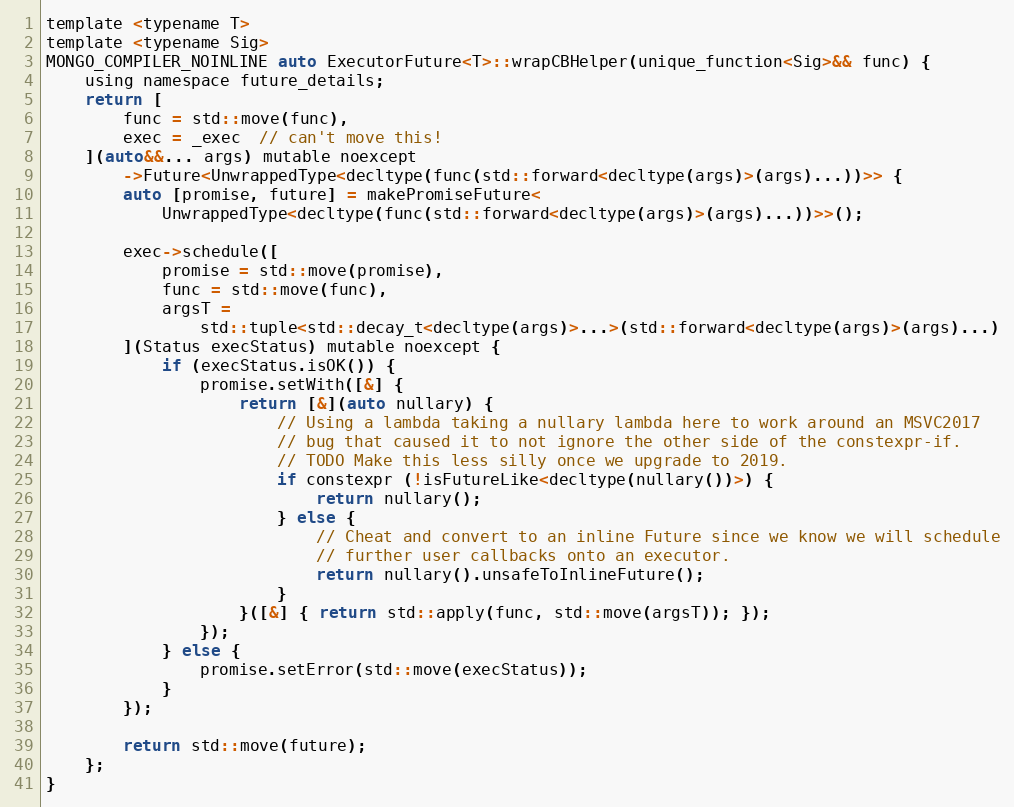
Language: C
template <typename T>
template <typename Sig>
MONGO_COMPILER_NOINLINE auto ExecutorFuture<T>::wrapCBHelper(unique_function<Sig>&& func) {
    using namespace future_details;
    return [
        func = std::move(func),
        exec = _exec  // can't move this!
    ](auto&&... args) mutable noexcept
        ->Future<UnwrappedType<decltype(func(std::forward<decltype(args)>(args)...))>> {
        auto [promise, future] = makePromiseFuture<
            UnwrappedType<decltype(func(std::forward<decltype(args)>(args)...))>>();

        exec->schedule([
            promise = std::move(promise),
            func = std::move(func),
            argsT =
                std::tuple<std::decay_t<decltype(args)>...>(std::forward<decltype(args)>(args)...)
        ](Status execStatus) mutable noexcept {
            if (execStatus.isOK()) {
                promise.setWith([&] {
                    return [&](auto nullary) {
                        // Using a lambda taking a nullary lambda here to work around an MSVC2017
                        // bug that caused it to not ignore the other side of the constexpr-if.
                        // TODO Make this less silly once we upgrade to 2019.
                        if constexpr (!isFutureLike<decltype(nullary())>) {
                            return nullary();
                        } else {
                            // Cheat and convert to an inline Future since we know we will schedule
                            // further user callbacks onto an executor.
                            return nullary().unsafeToInlineFuture();
                        }
                    }([&] { return std::apply(func, std::move(argsT)); });
                });
            } else {
                promise.setError(std::move(execStatus));
            }
        });

        return std::move(future);
    };
}